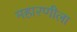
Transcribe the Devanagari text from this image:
महारणीला